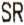
SR